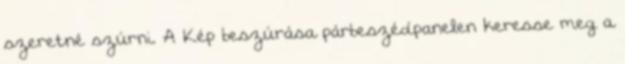
szeretné szúrni. A Kép beszúrása párbeszédpanelen keresse meg a